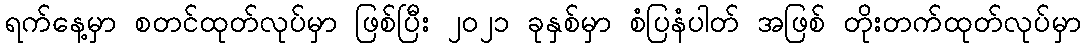
ရက်နေ့မှာ စတင်ထုတ်လုပ်မှာ ဖြစ်ပြီး ၂၀၂၁ ခုနှစ်မှာ စံပြနံပါတ် အဖြစ် တိုးတက်ထုတ်လုပ်မှာ